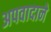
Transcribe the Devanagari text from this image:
अपवादाने